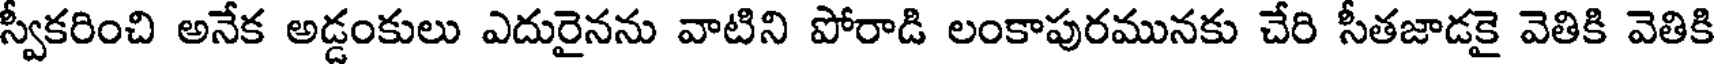
స్వీకరించి అనేక అడ్డంకులు ఎదురైనను వాటిని పోరాడి లంకాపురమునకు చేరి సీతజాడకై వెతికి వెతికి